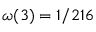
\omega ( 3 ) = 1 / 2 1 6